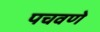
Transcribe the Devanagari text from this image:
पचवणे